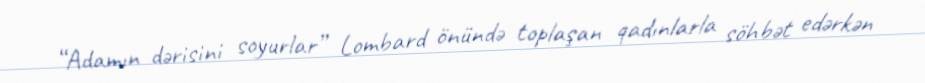
“Adamın dərisini soyurlar” Lombard önündə toplaşan qadınlarla söhbət edərkən